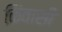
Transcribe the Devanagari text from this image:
किंवासी